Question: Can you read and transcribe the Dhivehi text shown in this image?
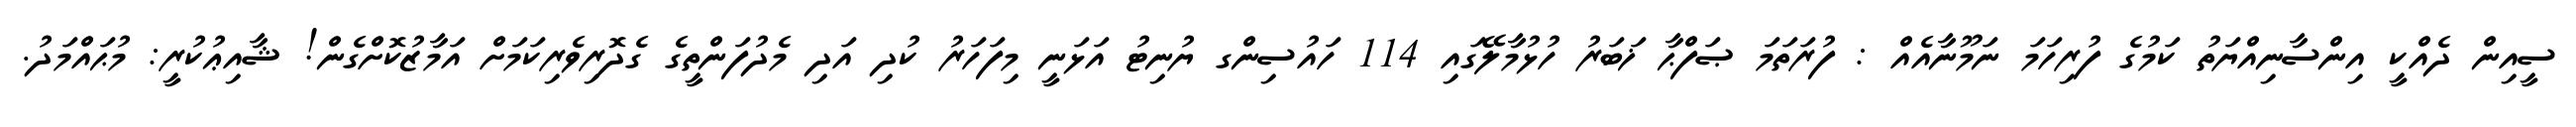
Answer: ސީއިން ދެއްކީ އިންސާނިއްޔަތު ކަމުގެ ފުރިހަމަ ނަމޫނާއެއް : ފުރަތަމަ ޞަފްޙާ ޚަބަރު ހުޅުމާލޭގައި 114 ހައުސިންގ ޔުނިޓު އަޅަނީ މިފަހަރު ކުދި އަދި މެދުފަންތީގެ ގެދޮރިވެރިކަމަށް އަމާޒުކޮށްގެން! ޝާއިޢުކުރީ: މުޙައްމަދު.